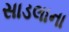
સાડલાના